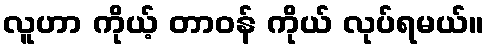
လူဟာ ကိုယ့် တာဝန် ကိုယ် လုပ်ရမယ်။